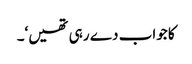
کا جواب دے رہی تھیں‘۔